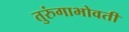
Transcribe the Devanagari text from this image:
तुरुंगाभोवती